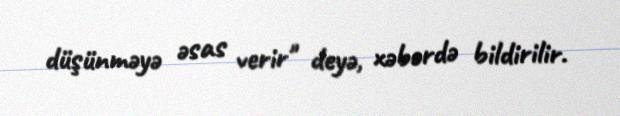
düşünməyə əsas verir" deyə, xəbərdə bildirilir.